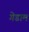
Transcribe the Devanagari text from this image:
गेडाम